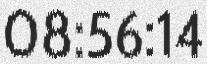
08:56:14